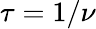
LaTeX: \tau=1/\nu